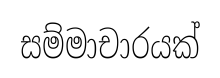
සම්මාචාරයක්